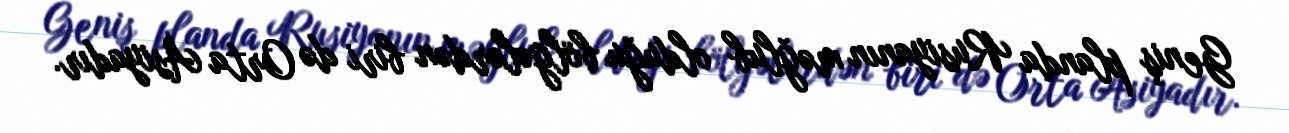
Geniş planda Rusiyanın məğlub olduğu bölgələrdən biri də Orta Asiyadır.